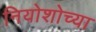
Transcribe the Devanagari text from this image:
नियोशोच्या